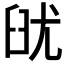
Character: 𦥣